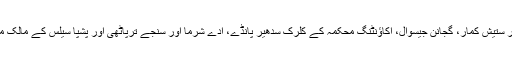
ان کے علاوہ گورکھپور پولیس نے ڈاکٹر پورنیما، ڈاکٹر ستیش کمار، گجانن جیسوال، اکاؤنٹنگ محکمہ کے کلرک سدھیر پانڈے، ادے شرما اور سنجے ترپاٹھی اور پشپا سیلس کے مالک منیش بھنڈاری کے خلاف بھی چارج شیٹ دائر کی تھی۔